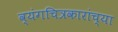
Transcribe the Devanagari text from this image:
व्यंगचित्रकारांच्या